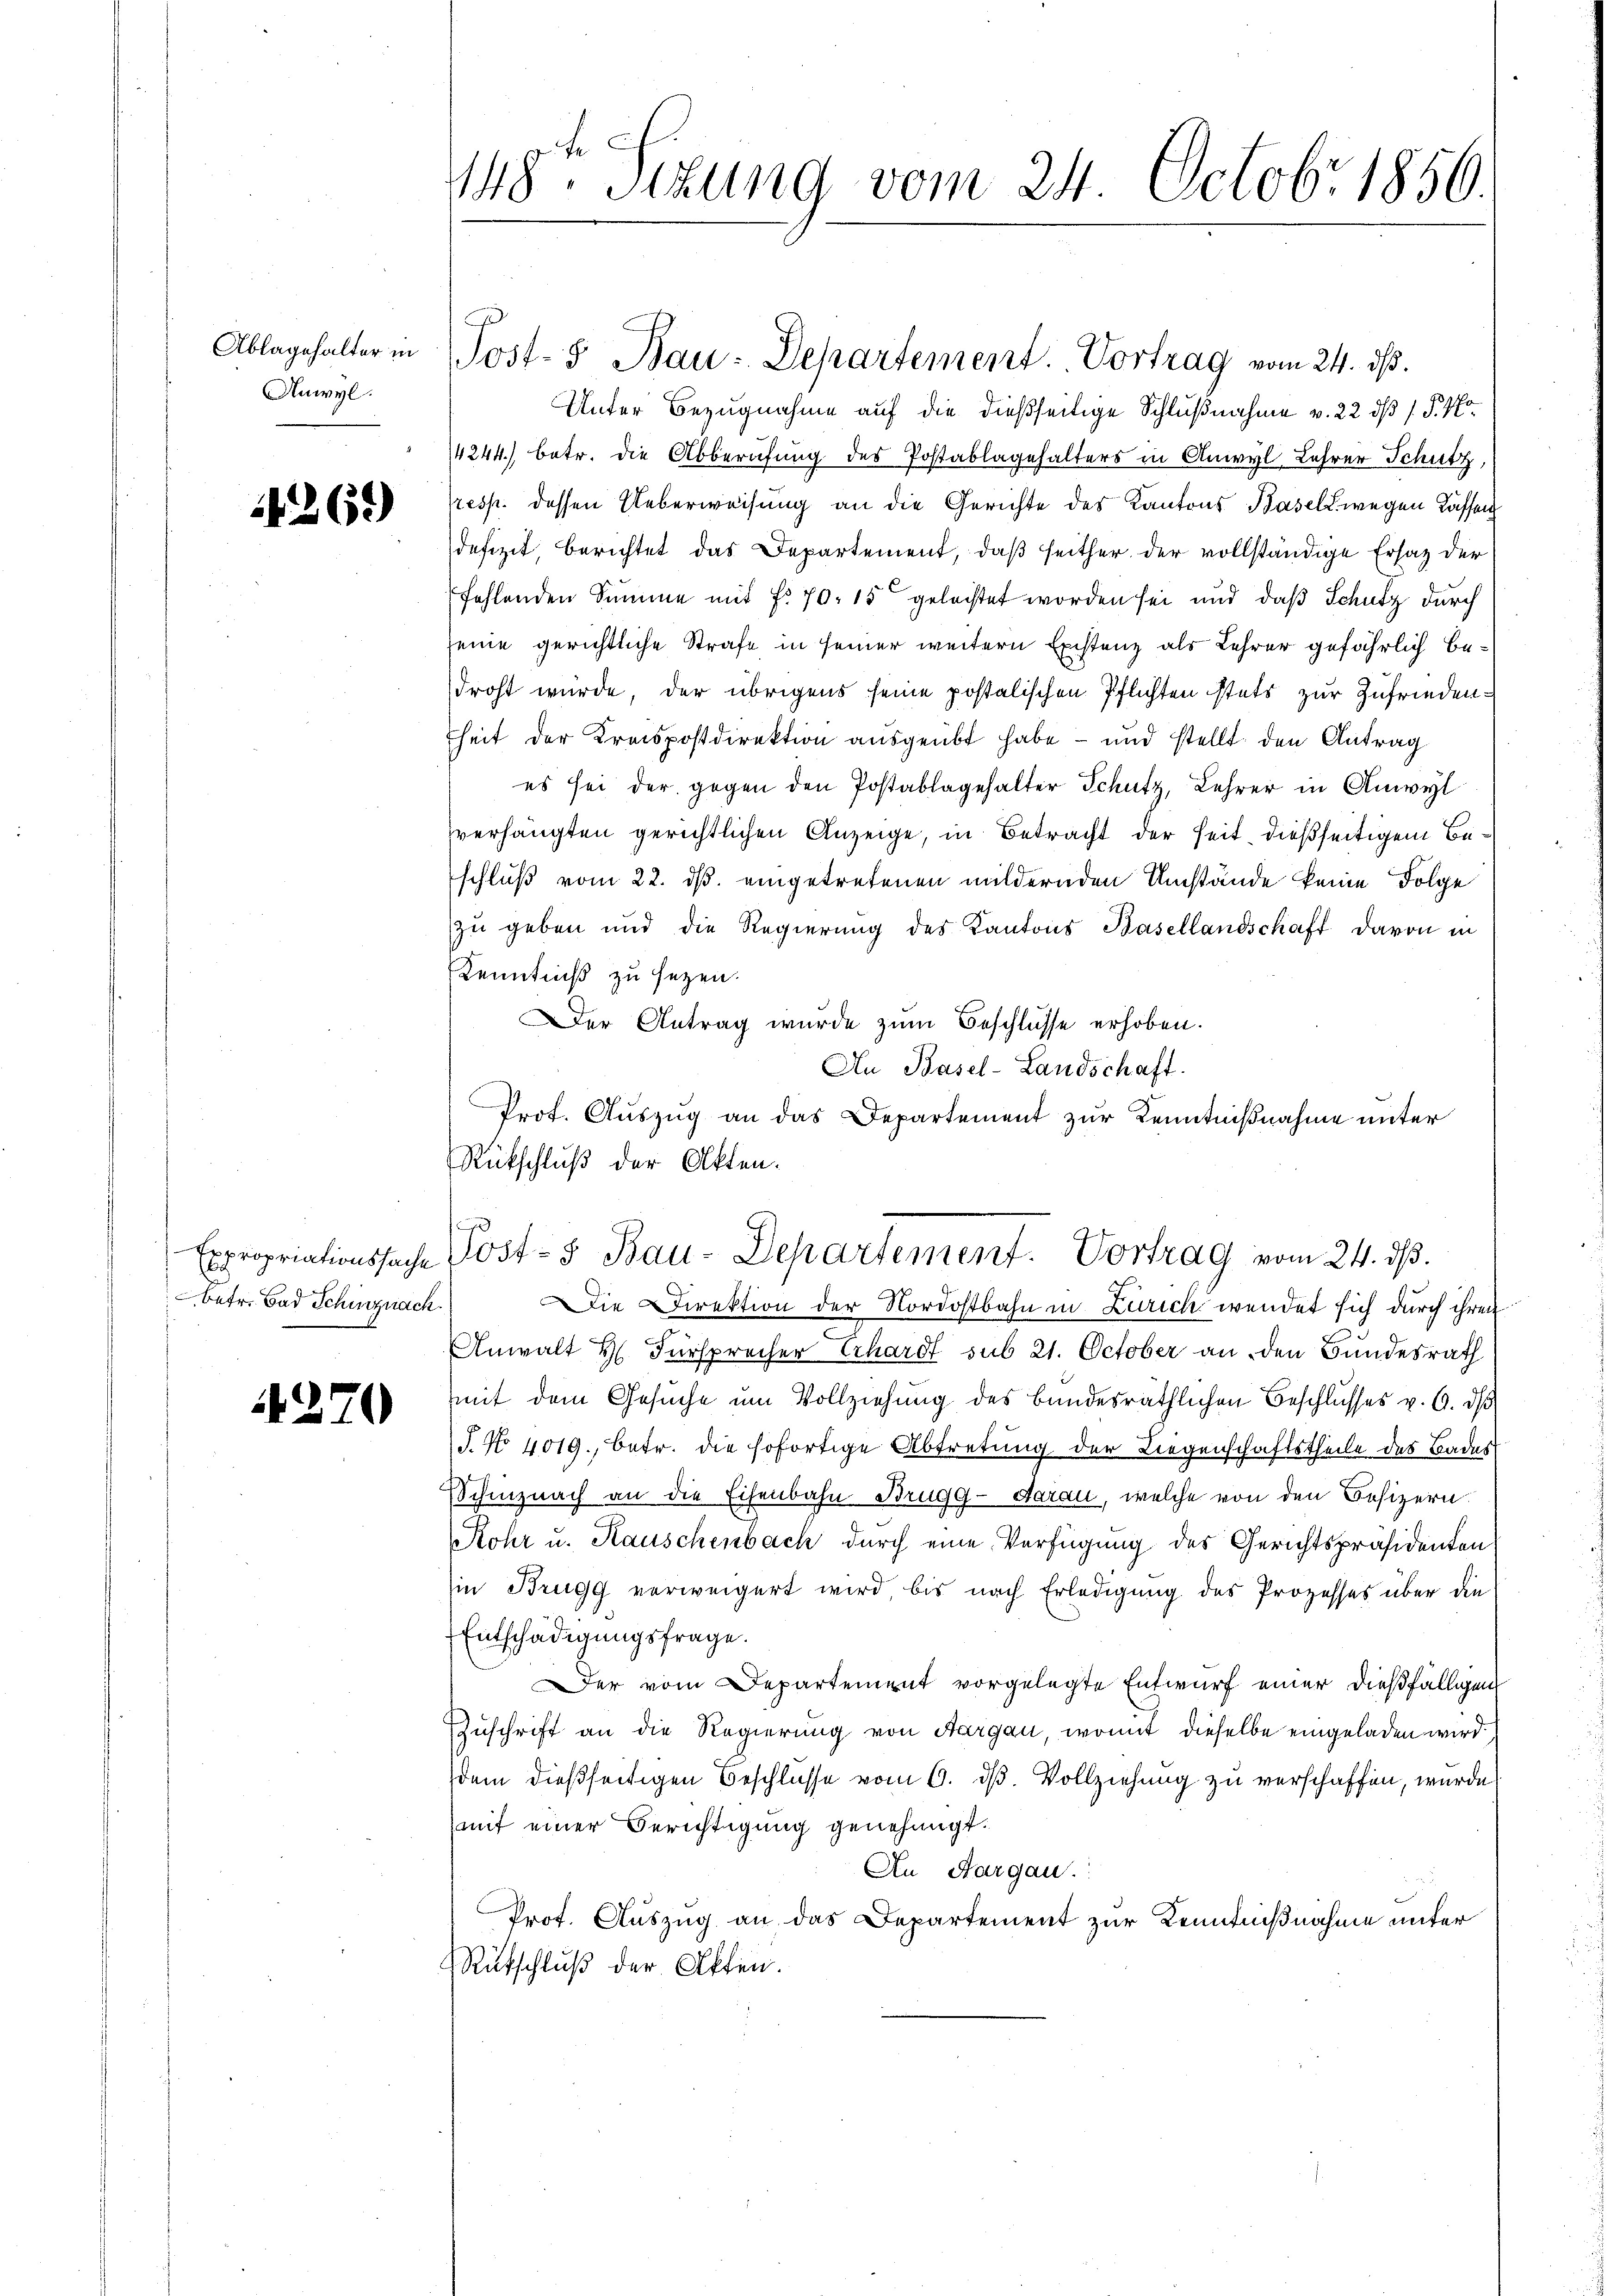
Anwyl.

1269)

betr. Bad Schinznach

270

148 Sizung vom 24. Octobr 1850.

Unter Bezugnahme auf die dießseitige Schlußnahme v. 22 dß / §. 4
14244) betr. die Abberufung des Postablagehalters in Anwyl Lehrer Schutz,
resp. dessen Ueberweisung an die Gerichte des Kantons Basell wegen Cassen
defizit, berichtet das Departement, daß seither der vollständige Ersatz der
fehlenden Summe mit f. 70. 15 geleistet worden sei und daß Schutz durch
seine gerichtliche Strafe in seiner weitern Existenz als Lehrer gefährlich bedroht wurde, der übrigens seine postalischen Pflichten stets zur Zufriedenheit der Kreispostdirektion ausgeübt habe - und stellt den Antrag
es sei der gegen den Postablagehalter Schutz, Lehrer in Anwyl
verhängten gerichtlichen Anzeige, in Betracht der seit dießseitigem Beschluß vom 22. ds. eingetretenen mildernden Umstände keine Folge
zu geben und die Regierung des Kantons Basellandschaft davon in
Kenntniß zu sezen.
er Antrag wurde zum Beschlüsse erhoben.
Die Direktion der Nordostbahn in Zürich wendet sich durch ihren
Anwalt H. Fürsprecher Erhardt sub 21. October an den Bundesrath
mit dem Gesuche um Vollziehung des bundesräthlichen Beschlusses v. 6. ds
J. No. 4019., betr. die sofortige Abtretung der Liegenschaftstheile des Bades
Schinznach an die Eisenbahn Brugg - darau, welche von den Besizern
Rohr u. Rauschenbach durch eine Verfügung des Gerichtspräsidenten
in Brugg verweigert wird bis nach Erledigung des Prozesses über die
Entschädigungsfrage.
Der vom Departement vorgelegte Entwurf einer dießfälligen
Zuschrift an die Regierung von Aargau, womit dieselbe eingeladen wird.
dem dießseitigen Beschlüsse vom 6. dß. Vollziehung zu verschaffen, wurde
mit einer Berichtigung genehmigt.
An Aargau.
Prof. Auszug an das Departement zur Kenntnißnahme unter
Rutschluß der Akten.

Ablagehalter in Post-5 Bau-Departement. Vortrag vom 24. ds.

An Basel-Landschaft.
Prof. Auszug an das Departement zur Kenntnißnahme unter
Rückschluß der Akten.
Expropriationssache Post- & Bau-Departement. Vortrag vom 24. dβ.